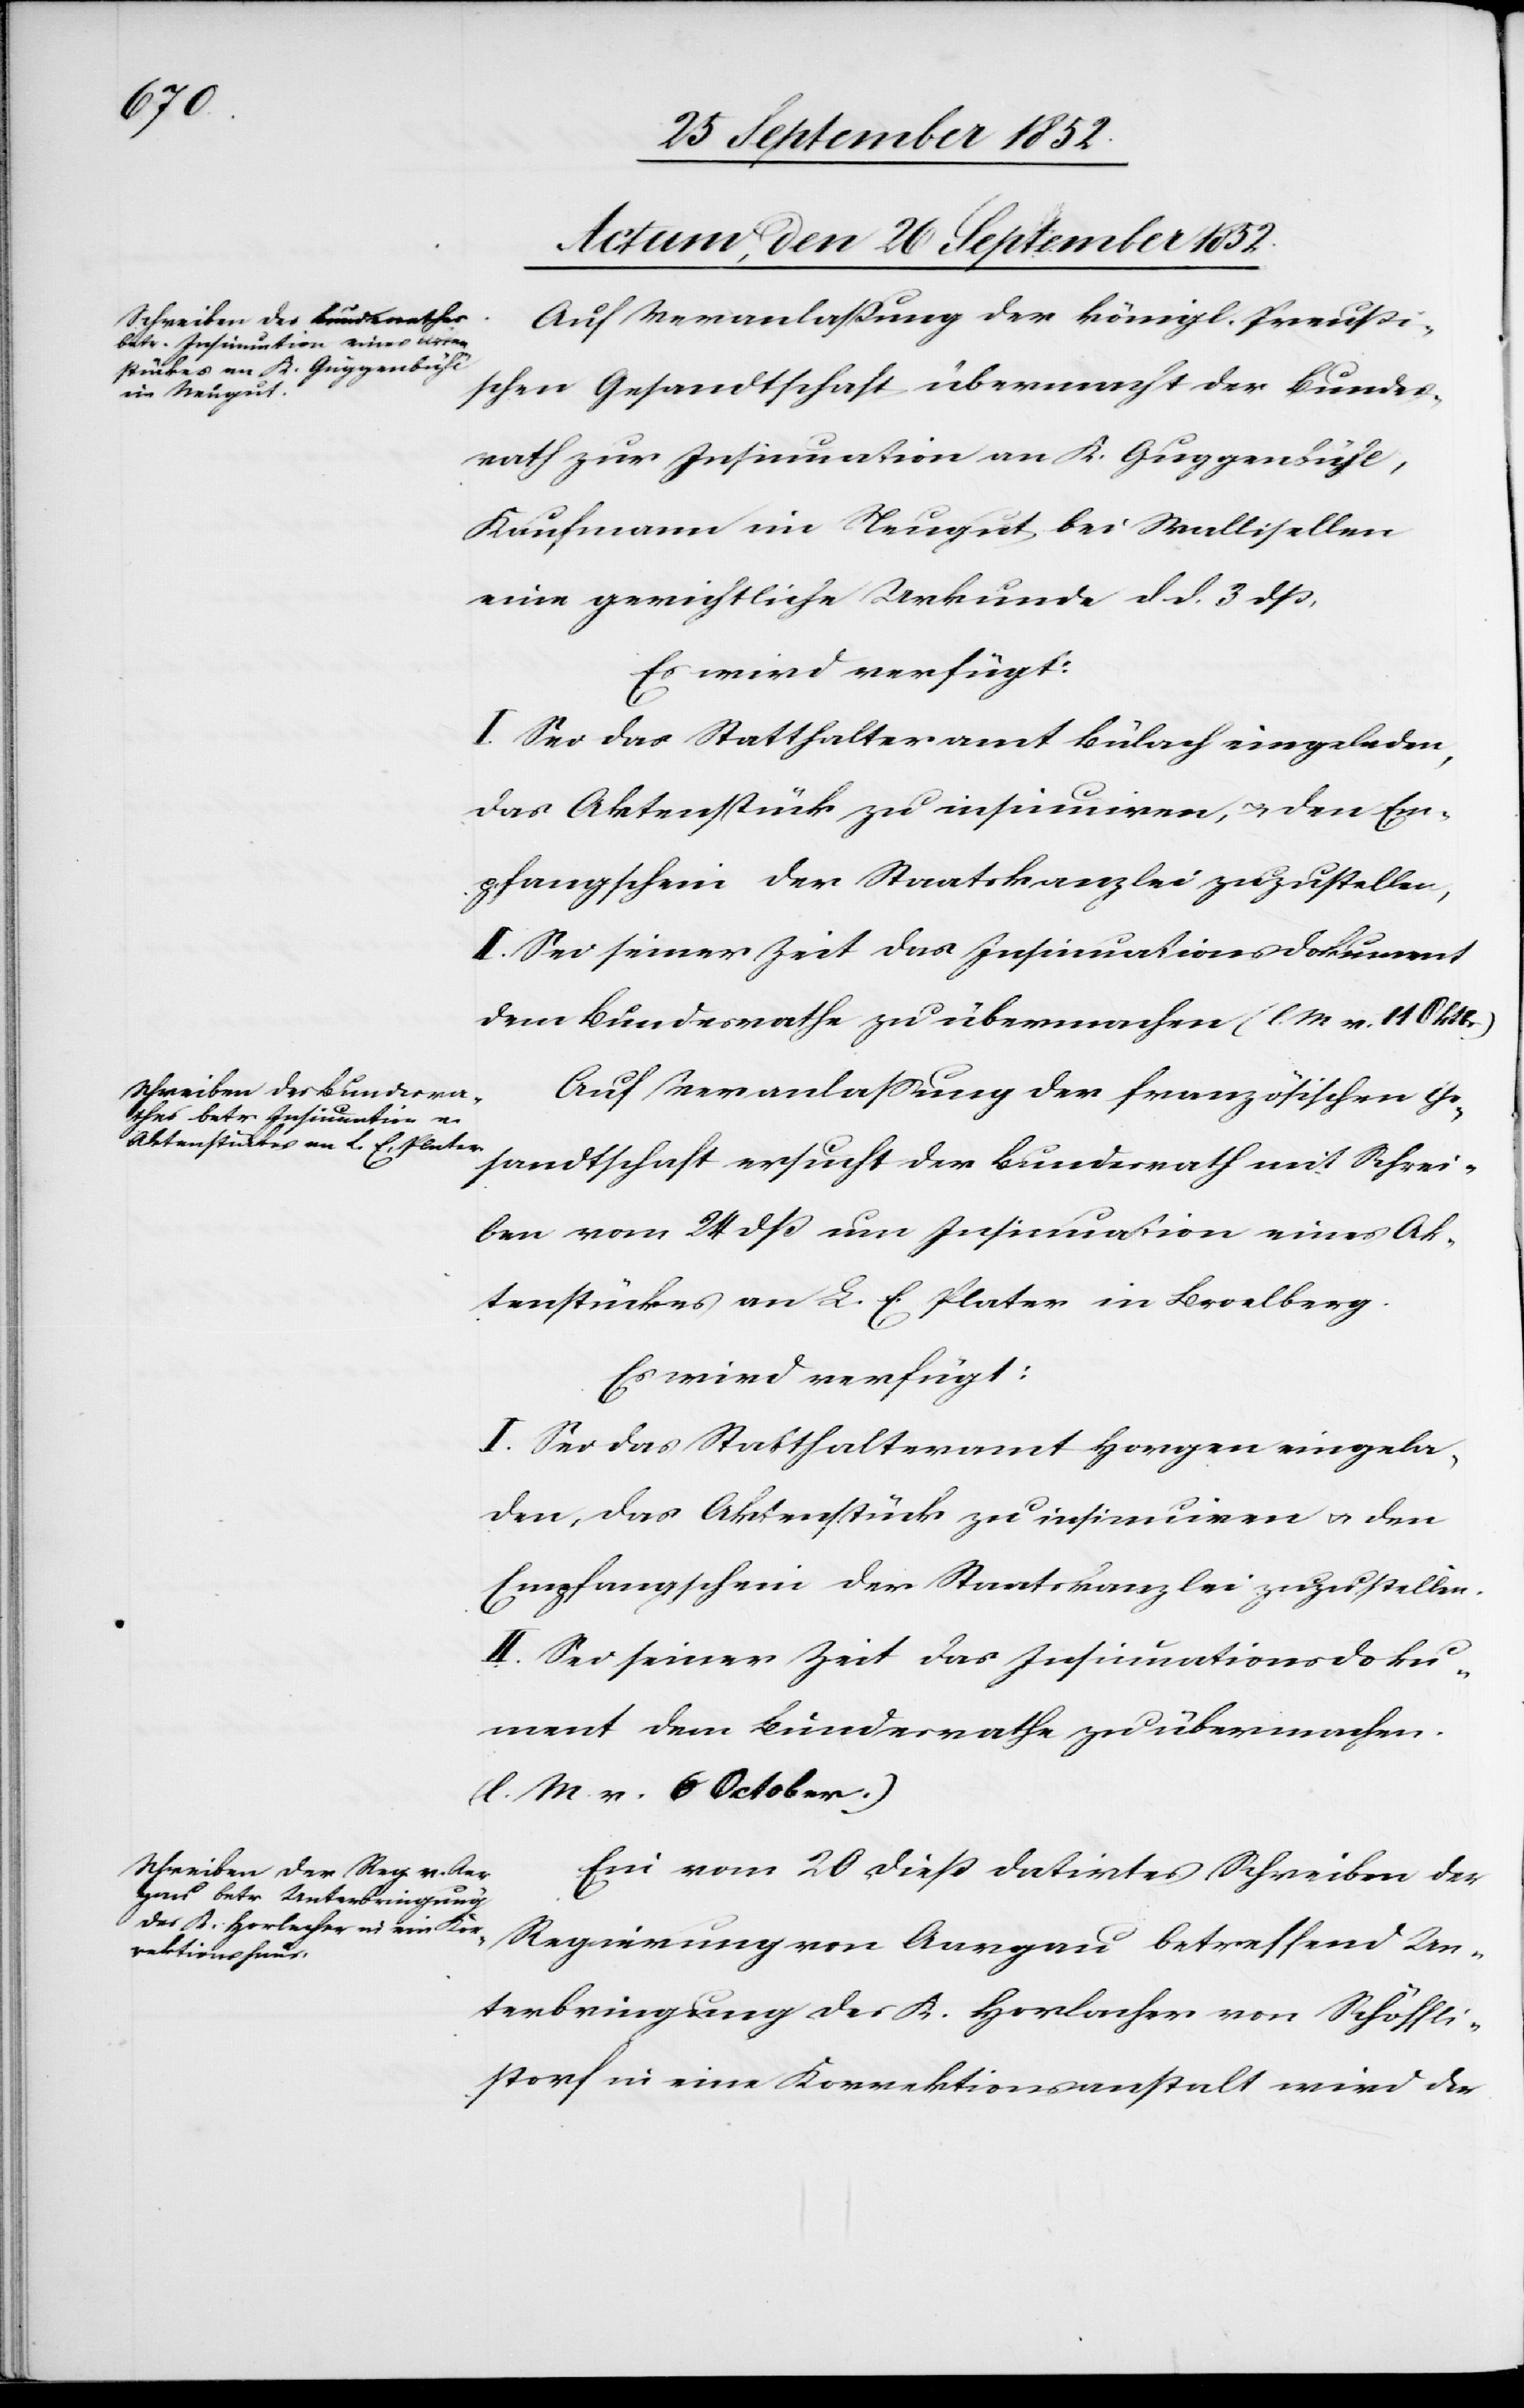
Actum, den 26 September 1852.]
Auf Veranlaßung der königl. Preußi¬
schen Gesandtschaft übermacht der Bundes¬
rath zur Insinuation an K. Guggenbühl,
Kaufmann im Neugut bei Wallisellen
eine gerichtliche Urkunde d d. 3 dß,
Es wird verfügt:
I. Sei das Statthalteramt Bülach eingeladen,
das Aktenstück zu insinuiren, & den Em¬
pfangschein der Staatskanzlei zuzustellen,
II. Sei seiner Zeit das Insinuationsdokument
dem Bundesrathe zu übermachen (l. M v. 11 Oktbr).
Auf Veranlassung der französischen Ge¬
sandtschaft ersucht der Bundesrath mit Schrei¬
ben vom 24 dß um Insinuation eines Ak¬
tenstückes an L. E. Plater in Broelberg.
Es wird verfügt:
I. Sei das Statthalteramt Horgen eingela¬
den, das Aktenstück zu insinuiren & den
Empfangschein der Staatskanzlei zuzustellen.
II. Sei seiner Zeit das Insinuationsdoku¬
ment dem Bundesrathe zu übermachen.
(l. M. v. 6 October.)
Ein vom 20 dieß datirtes Schreiben der
Regierung von Aargau betreffend Un¬
terbringung des K. Horlacher von Schöffli¬
storf in eine Korrektionsanstalt wird der